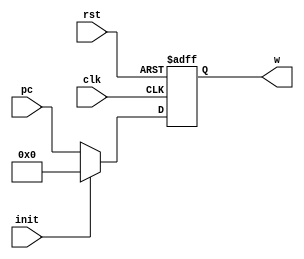

`timescale 1ns/1ns
module PC(input [9:0] pc,input init,clk,rst,output reg [9:0] w);
  always @(posedge clk , posedge rst) begin
    if(rst) w <= 10'b0;
  else begin
    if(init) w<= 10'b 0;
    else w <= pc;
    end
  end
endmodule